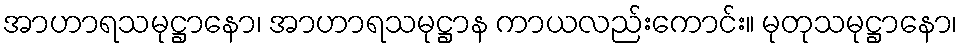
အာဟာရသမုဋ္ဌာနော၊ အာဟာရသမုဋ္ဌာန ကာယလည်းကောင်း။ မုတုသမုဋ္ဌာနော၊